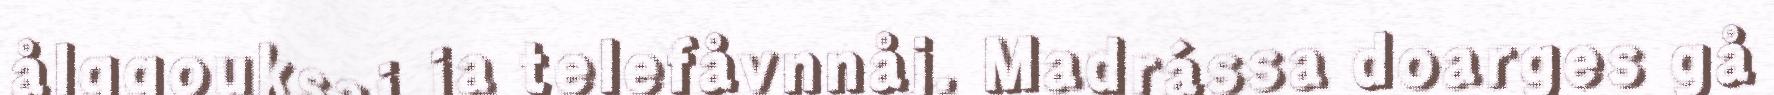
ålggouksaj ja telefåvnnåj. Madrássa doarges gå